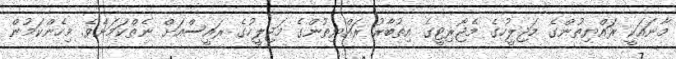
މާނައަކީ ރައްޔިތުންގެ މަޖިލީހުގެ މެޖޯރިޓީގެ އިތުބާރު ރައްޔިތުންގެ މަޖިލީހުގެ ރައީސްއަށް ނެތްކަމަށެވެ. މިހެންކަމުން